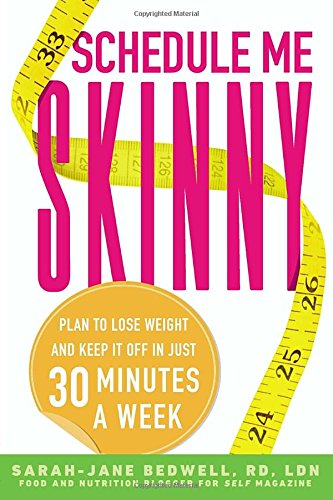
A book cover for Schedule Me Skinny: Plan to Lose Weight and Keep It Off in Just 30 Minutes a Week; Sarah-Jane Bedwell R.D.  L.D.; Health, Fitness & Dieting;